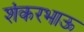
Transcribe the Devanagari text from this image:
शंकरभाऊ